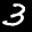
Label: 3